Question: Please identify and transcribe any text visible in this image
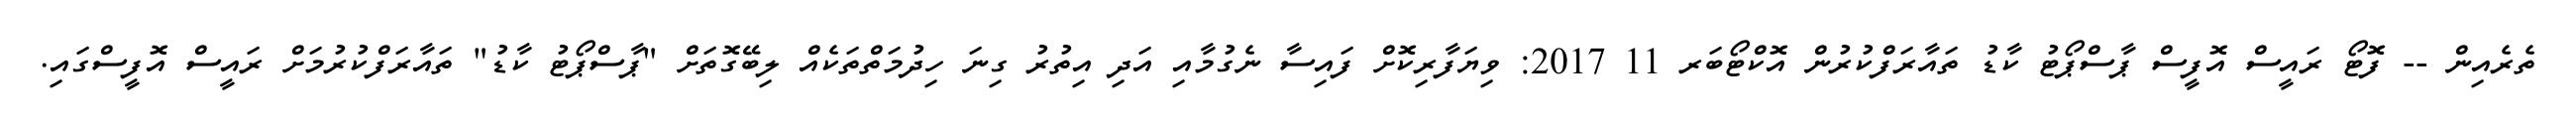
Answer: ތެރެއިން -- ފޮޓޯ ރައީސް އޮފީސް ޕާސްޕޯޓު ކާޑު ތައާރަފްކުރުން އޮކްޓޯބަރ 11 2017: ވިޔަފާރިކޮށް ފައިސާ ނެގުމާއި އަދި އިތުރު ގިނަ ހިދުމަތްތަކެއް ލިބޭގޮތަށް "ޕާސްޕޯޓު ކާޑު" ތައާރަފްކުރުމަށް ރައީސް އޮފީސްގައި.